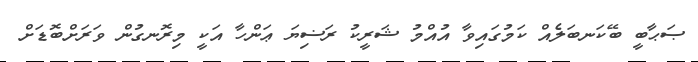
ޞަޙާބީ ބޭކަނބަލެއް ކަމުގައިވާ އުއްމު ޝަރީކު ރަޟިޔަ ޢަންހާ އަކީ މިރޮނގުން ވަރަށްބޮޑަށް